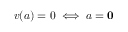
v ( a ) = 0 \iff a = \mathbf { 0 }